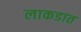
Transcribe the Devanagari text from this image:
लाकडात